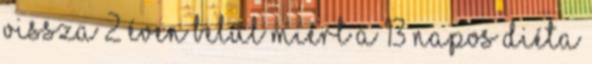
vissza 2 éven belül Miért A 13 napos diéta